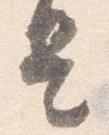
是